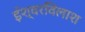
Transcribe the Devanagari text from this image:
ईश्वरविलाश